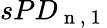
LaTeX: sPD_{\mathrm{~n~,~1~}}